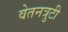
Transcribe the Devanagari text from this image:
वेतनत्रुटी